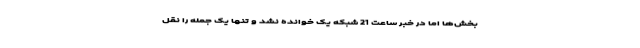
بخش‌ها اما در خبر ساعت 21 شبکه یک خوانده نشد و تنها یک جمله را نقل